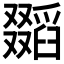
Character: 𠮐